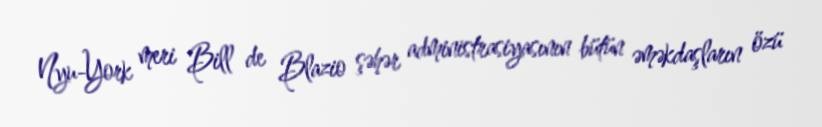
Nyu-York meri Bill de Blazio şəhər administrasiyasının bütün əməkdaşların özü